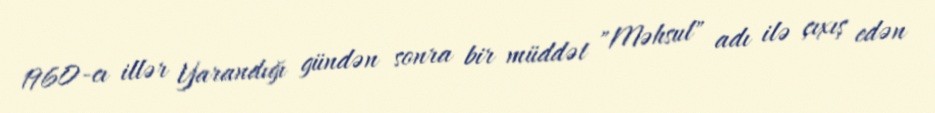
1960-cı illər Yarandığı gündən sonra bir müddət "Məhsul" adı ilə çıxış edən